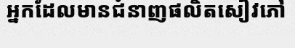
អ្នកដែលមានជំនាញផលិតសៀវភៅ